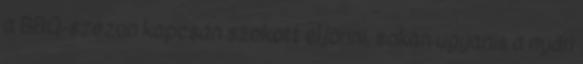
a BBQ-szezon kapcsán szokott eljönni, sokan ugyanis a nyári